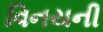
વિનયની